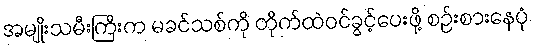
အမျိုးသမီးကြီးက မခင်သစ်ကို တိုက်ထဲဝင်ခွင့်ပေးဖို့ စဉ်းစားနေပုံ